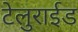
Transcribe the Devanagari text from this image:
टेलुराईड